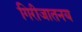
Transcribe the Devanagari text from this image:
गिरीजातनय